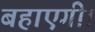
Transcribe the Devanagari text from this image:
बहाएगी।